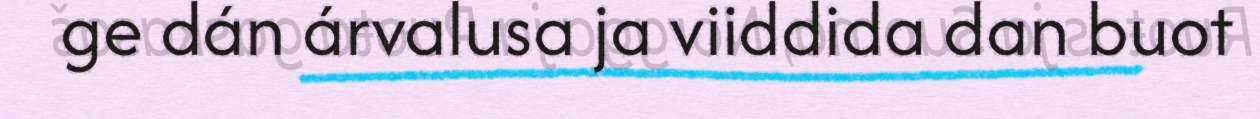
ge dán árvalusa ja viiddida dan buot